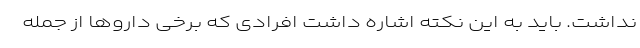
نداشت. باید به این نکته اشاره داشت افرادی که برخی داروها از جمله